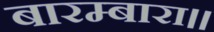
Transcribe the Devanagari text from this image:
बारम्बारा॥